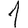
Digit: 1